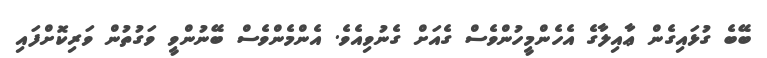
ބޭބެ ގުޅައިގެން ޢާއިލާގެ އެހެންމީހުންވެސް ގެއަށް ގެނުވިއެވެ. އެންމެންވެސް ބޭނުންވީ ވަގުތުން ވަރިކޮށްފައި